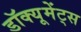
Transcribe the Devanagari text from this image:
डॉक्यूमेंट्स